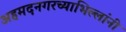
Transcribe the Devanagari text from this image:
अहमदनगरच्याभिल्लांनी